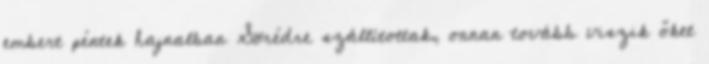
embert péntek hajnalban Sörédre szállítottak, onnan tovább viszik őket